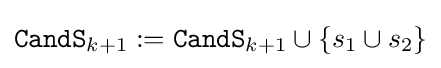
{\mathtt {CandS}}_{k+1}:={\mathtt {CandS}}_{k+1}\cup \{s_{1}\cup s_{2}\}